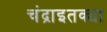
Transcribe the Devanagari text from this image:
चंद्राइतक्या